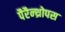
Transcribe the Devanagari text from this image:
पैरैन्थ्रोपस